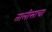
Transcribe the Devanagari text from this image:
तालीसाचा